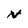
Character: m